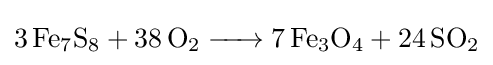
{\ce {3 Fe7S8 + 38 O2 -> 7 Fe3O4 + 24 SO2}}